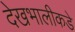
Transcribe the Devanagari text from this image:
देखभालीकडे